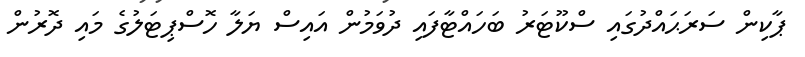
ޕާކިން ސަރަޙައްދުގައި ސްކޫޓަރު ބަހައްޓާފައި ދުވަމުން އައިސް ޔަލާ ހޮސްޕިޓަލުގެ މައި ދޮރުން